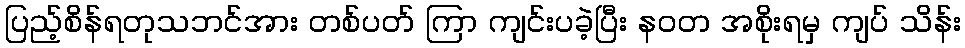
ပြည့်စိန်ရတုသဘင်အား တစ်ပတ် ကြာ ကျင်းပခဲ့ပြီး နဝတ အစိုးရမှ ကျပ် သိန်း